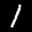
Label: 1